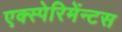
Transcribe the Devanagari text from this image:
एक्स्पेरिमेंन्टस